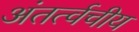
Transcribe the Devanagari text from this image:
अंतर्त्वचीय